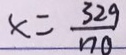
x = \frac { 3 2 9 } { 1 7 0 }